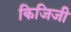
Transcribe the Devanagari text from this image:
किजिजी